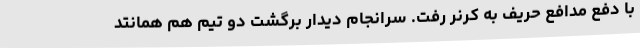
با دفع مدافع حریف به کرنر رفت. سرانجام دیدار برگشت دو تیم هم همانتد